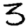
Digit: 3